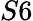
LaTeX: S6